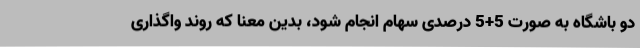
دو باشگاه به صورت 5+5 درصدی سهام انجام شود، بدین معنا که روند واگذاری